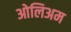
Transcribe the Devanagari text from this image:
ओलिअम